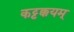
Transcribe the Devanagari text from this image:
कट्टक्कयम्